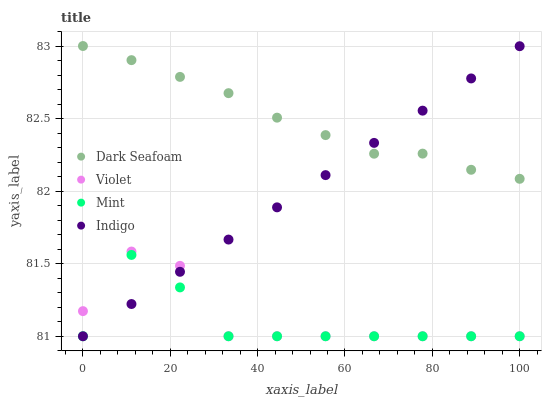
| xaxis_label | Dark Seafoam | Violet | Mint | Indigo |
 | --- | --- | --- | --- | --- |
 | 0 | 83 | 81.2 | 81 | 81 |
 | 11.1 | 82.9 | 81.6 | 81.6 | 81.2 |
 | 22.2 | 82.8 | 81.5 | 81.3 | 81.4 |
 | 33.3 | 82.7 | 81 | 81 | 81.7 |
 | 44.4 | 82.5 | 81 | 81 | 81.9 |
 | 55.6 | 82.4 | 81 | 81 | 82.1 |
 | 66.7 | 82.3 | 81 | 81 | 82.3 |
 | 77.8 | 82.3 | 81 | 81 | 82.6 |
 | 88.9 | 82.1 | 81 | 81 | 82.8 |
 | 100 | 82.1 | 81 | 81 | 83 |